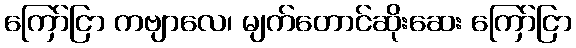
ကြော်ငြာ ကဗျာလေ၊ မျက်တောင်ဆိုးဆေး ကြော်ငြာ